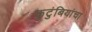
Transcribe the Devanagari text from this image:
कुटुंबियांचा